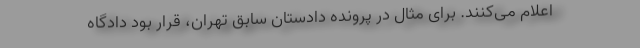
اعلام می‌کنند. برای مثال در پرونده دادستان سابق تهران، قرار بود دادگاه